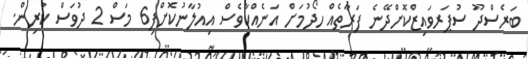
ބަރެސްދޫ ސުޕަރވައިޒްކޮށްދޭނެ ފަރާތެއް ހޯދުމަށް އަނެއްކާވެސް އިއުލާނުކޮށްފި6 މަސް 2 ދުވަސް ކުރިން.